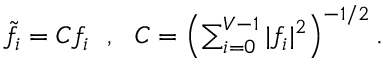
\begin{array} { r } { \tilde { f } _ { i } = C f _ { i } \ \ , \ \ C = \left( \sum _ { i = 0 } ^ { V - 1 } | f _ { i } | ^ { 2 } \right) ^ { - 1 / 2 } . } \end{array}